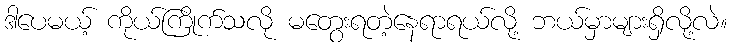
ဒါပေမယ့် ကိုယ်ကြိုက်သလို မတွေးရတဲ့နေရာရယ်လို့ ဘယ်မှာများရှိလို့လဲ။